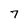
Character: 7